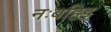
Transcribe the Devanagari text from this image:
नःबहिइ